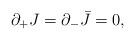
\begin{align*}\partial_+J=\partial_-\bar J=0,\end{align*}